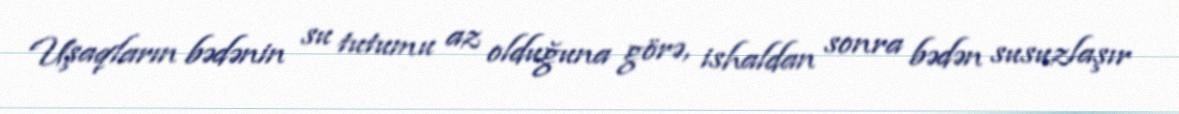
Uşaqların bədənin su tutumu az olduğuna görə, ishaldan sonra bədən susuzlaşır